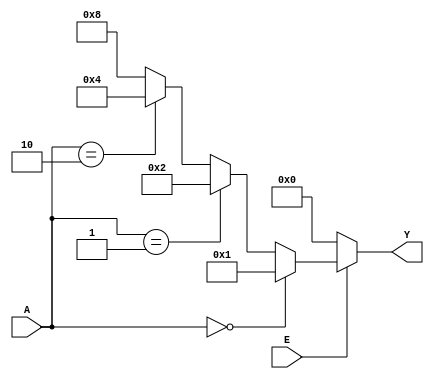
module d2to4(input [1:0] A , input  E , output reg [3:0] Y   );



always @(*) begin

    if(E==1'b0)
        Y=4'b0000;
    else if(A == 2'b00)
        Y=4'b0001;
    else if(A == 2'b01)
        Y=4'b0010;
    else if(A == 2'b10)
        Y=4'b0100;
    else        
        Y=4'b1000;    
end





endmodule
`timescale 1ps/1ps

module d2to4_tb;

reg [1:0] a;
reg e;
wire [3:0] y;

d2to4 uut(.A(a),.E(e),.Y(y));

initial begin
    e=0; a[1]=0; a[0]=0; #10;
    e=0; a[1]=0; a[0]=1; #10;
    e=0; a[1]=1; a[0]=0; #10;
    e=0; a[1]=1; a[0]=1; #10;
    e=1; a[1]=0; a[0]=0; #10;
    e=1; a[1]=0; a[0]=1; #10;
    e=1; a[1]=1; a[0]=0; #10;
    e=1; a[1]=1; a[0]=1; #10;
    end

initial begin
$monitor("E=%d  %d%d -> %b\n",e,a[1],a[0],y);
end

endmodule